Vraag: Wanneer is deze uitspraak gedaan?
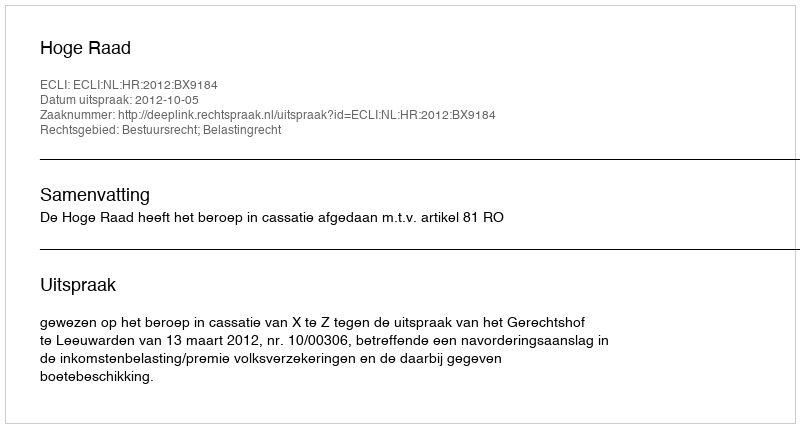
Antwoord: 2012-10-05